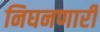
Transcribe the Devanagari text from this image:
निघनणारी